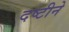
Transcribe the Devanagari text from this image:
दष्टीने